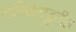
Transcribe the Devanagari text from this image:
तामिळनाडुतील